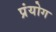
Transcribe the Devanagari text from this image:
प्रंयोग